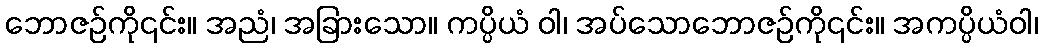
ဘောဇဉ်ကို၎င်း။ အညံ၊ အခြားသော။ ကပ္ပိယံ ဝါ၊ အပ်သောဘောဇဉ်ကို၎င်း။ အကပ္ပိယံဝါ၊